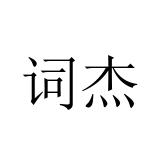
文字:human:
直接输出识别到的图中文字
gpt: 词杰